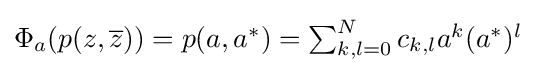
{\textstyle \Phi _{a}(p(z,{\overline {z}}))=p(a,a^{*})=\sum _{k,l=0}^{N}c_{k,l}a^{k}(a^{*})^{l}}